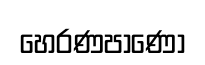
හෙරණපාණෝ